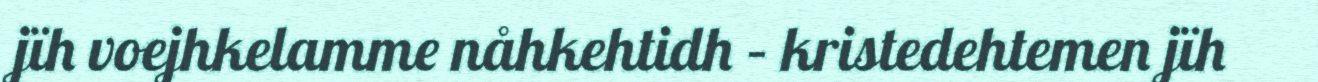
jïh voejhkelamme nåhkehtidh – kristedehtemen jïh